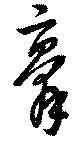
膏